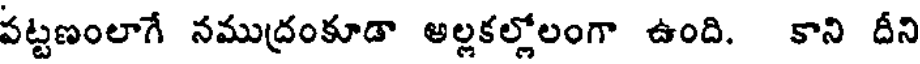
పట్టణంలాగే నముద్రంకూడా అల్లకల్లోలంగా ఉంది. కాని దీని